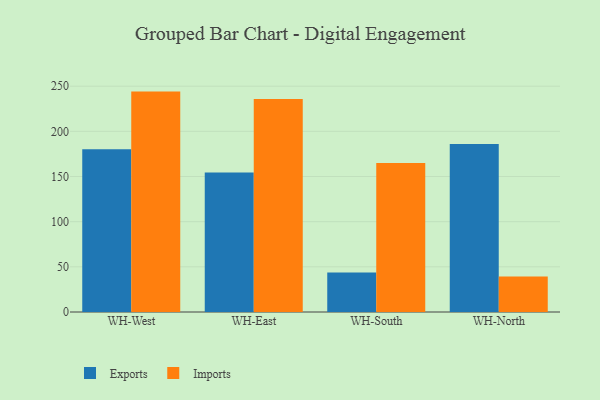
{"axis": {"x": "Warehouse", "y": "Production Output"}, "legend": ["Exports", "Imports"], "data": [{"x": "WH-West", "y": 180.3, "type": "Exports"}, {"x": "WH-West", "y": 244.0, "type": "Imports"}, {"x": "WH-East", "y": 154.5, "type": "Exports"}, {"x": "WH-East", "y": 235.7, "type": "Imports"}, {"x": "WH-South", "y": 43.7, "type": "Exports"}, {"x": "WH-South", "y": 165.0, "type": "Imports"}, {"x": "WH-North", "y": 186.0, "type": "Exports"}, {"x": "WH-North", "y": 39.3, "type": "Imports"}]}